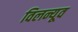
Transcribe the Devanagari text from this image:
विलन्यूव